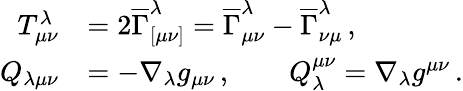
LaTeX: \begin{array}{rl}{T^{\lambda}_{\mu\nu}}&{=2\overline{{\Gamma}}_{[\mu\nu]}^{\lambda}=\overline{{\Gamma}}_{\mu\nu}^{\lambda}-\overline{{\Gamma}}_{\nu\mu}^{\lambda}\, ,}\\ {Q_{\lambda\mu\nu}}&{=-\nabla_{\lambda}g_{\mu\nu}\, ,\qquad Q_{\lambda}^{\mu\nu}=\nabla_{\lambda}g^{\mu\nu}\, .}\end{array}